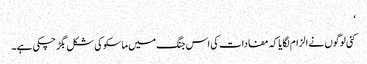
‘
کئی لوگوں نے الزام لگایا کہ مفادات کی اس جنگ میں ماسکو کی شکل بگڑ چکی ہے۔